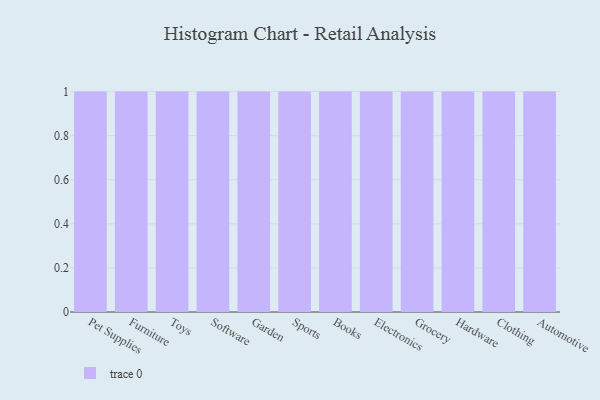
{"axis": {"x": "Category", "y": "Active Users"}, "legend": [""], "data": [{"x": "Pet Supplies", "y": 34, "type": ""}, {"x": "Furniture", "y": 9, "type": ""}, {"x": "Toys", "y": 95, "type": ""}, {"x": "Software", "y": 7, "type": ""}, {"x": "Garden", "y": 43, "type": ""}, {"x": "Sports", "y": 58, "type": ""}, {"x": "Books", "y": 100, "type": ""}, {"x": "Electronics", "y": 13, "type": ""}, {"x": "Grocery", "y": 45, "type": ""}, {"x": "Hardware", "y": 43, "type": ""}, {"x": "Clothing", "y": 57, "type": ""}, {"x": "Automotive", "y": 92, "type": ""}]}